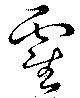
霍